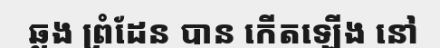
ឆ្លង ព្រំដែន បាន កើតឡើង នៅ